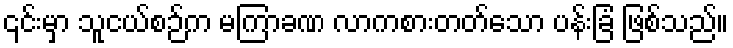
၎င်းမှာ သူငယ်စဉ်က မကြာခဏ လာကစားတတ်သော ပန်းခြံ ဖြစ်သည်။